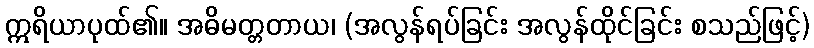
ဣရိယာပုထ်၏။ အဓိမတ္တတာယ၊ (အလွန်ရပ်ခြင်း အလွန်ထိုင်ခြင်း စသည်ဖြင့်)